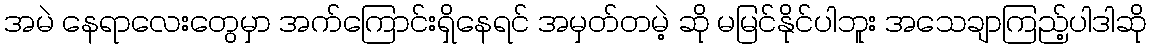
အမဲ နေရာလေးတွေမှာ အက်ကြောင်းရှိနေရင် အမှတ်တမဲ့ ဆို မမြင်နိုင်ပါဘူး အသေချာကြည့်ပါဒါဆို